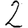
Digit: 2